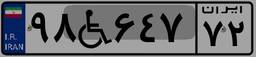
۹۸W۶۴۷۷۲